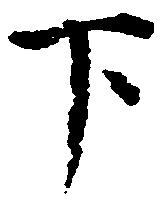
下